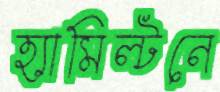
হ্যামিল্টনে